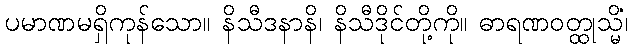
ပမာဏမရှိကုန်သော။ နိသီဒနာနိ၊ နိသီဒိုင်တို့ကို။ ဓာရဏဝတ္ထုသ္မိံ၊